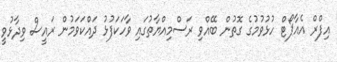
އިފްރް އެއާޕޯޓް ހުޅުވުމުގެ ގޮތުން ބޭއްވި ރަސްމިއްޔާތުގައި ވާހަކަފުޅު ދައްކަވަމުން ރައީސް ވިދާޅުވީ